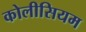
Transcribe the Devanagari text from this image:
कोलीसियम